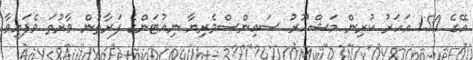
އޭގެ 150 އަހަރު ކުރިން މަޝްހޫރު ސައިންސްވެރިޔާ ނިއުޓަންގެ ފަރާތުން ވާރުތަ ވެފައިވާ